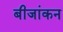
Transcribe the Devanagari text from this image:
बीजांकन